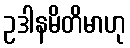
ဥဒါနမိတိမာဟု